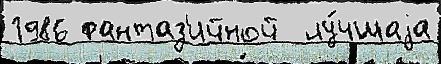
1986 фантаз'ийной  лу́чшаjа